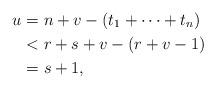
LaTeX: \begin{align*}u&=n+v-(t_1+\cdots+t_n)\\&<r+s+v-(r+v-1)\\&=s+1,\end{align*}